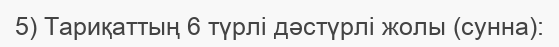
5) Тариқаттың 6 түрлі дәстүрлі жолы (сунна):